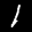
Label: 1